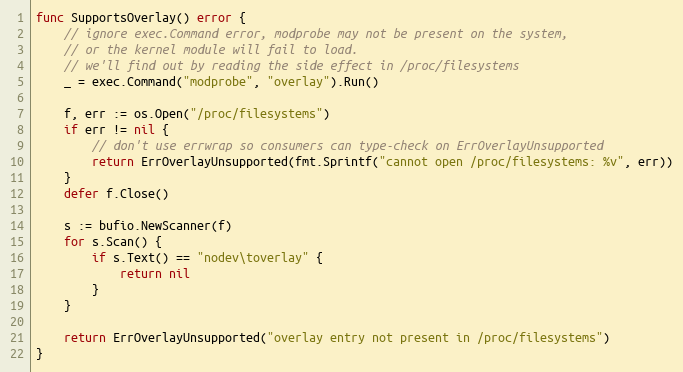
Language: Go
func SupportsOverlay() error {
	// ignore exec.Command error, modprobe may not be present on the system,
	// or the kernel module will fail to load.
	// we'll find out by reading the side effect in /proc/filesystems
	_ = exec.Command("modprobe", "overlay").Run()

	f, err := os.Open("/proc/filesystems")
	if err != nil {
		// don't use errwrap so consumers can type-check on ErrOverlayUnsupported
		return ErrOverlayUnsupported(fmt.Sprintf("cannot open /proc/filesystems: %v", err))
	}
	defer f.Close()

	s := bufio.NewScanner(f)
	for s.Scan() {
		if s.Text() == "nodev\toverlay" {
			return nil
		}
	}

	return ErrOverlayUnsupported("overlay entry not present in /proc/filesystems")
}